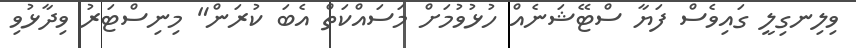
ވިލިނގިލީ ގައިވެސް ފަޔާ ސްޓޭޝަނެއް ހުޅުވުމަށް މަސައްކަތް އެބަ ކުރަން" މިނިސްޓަރު ވިދާޅުވި